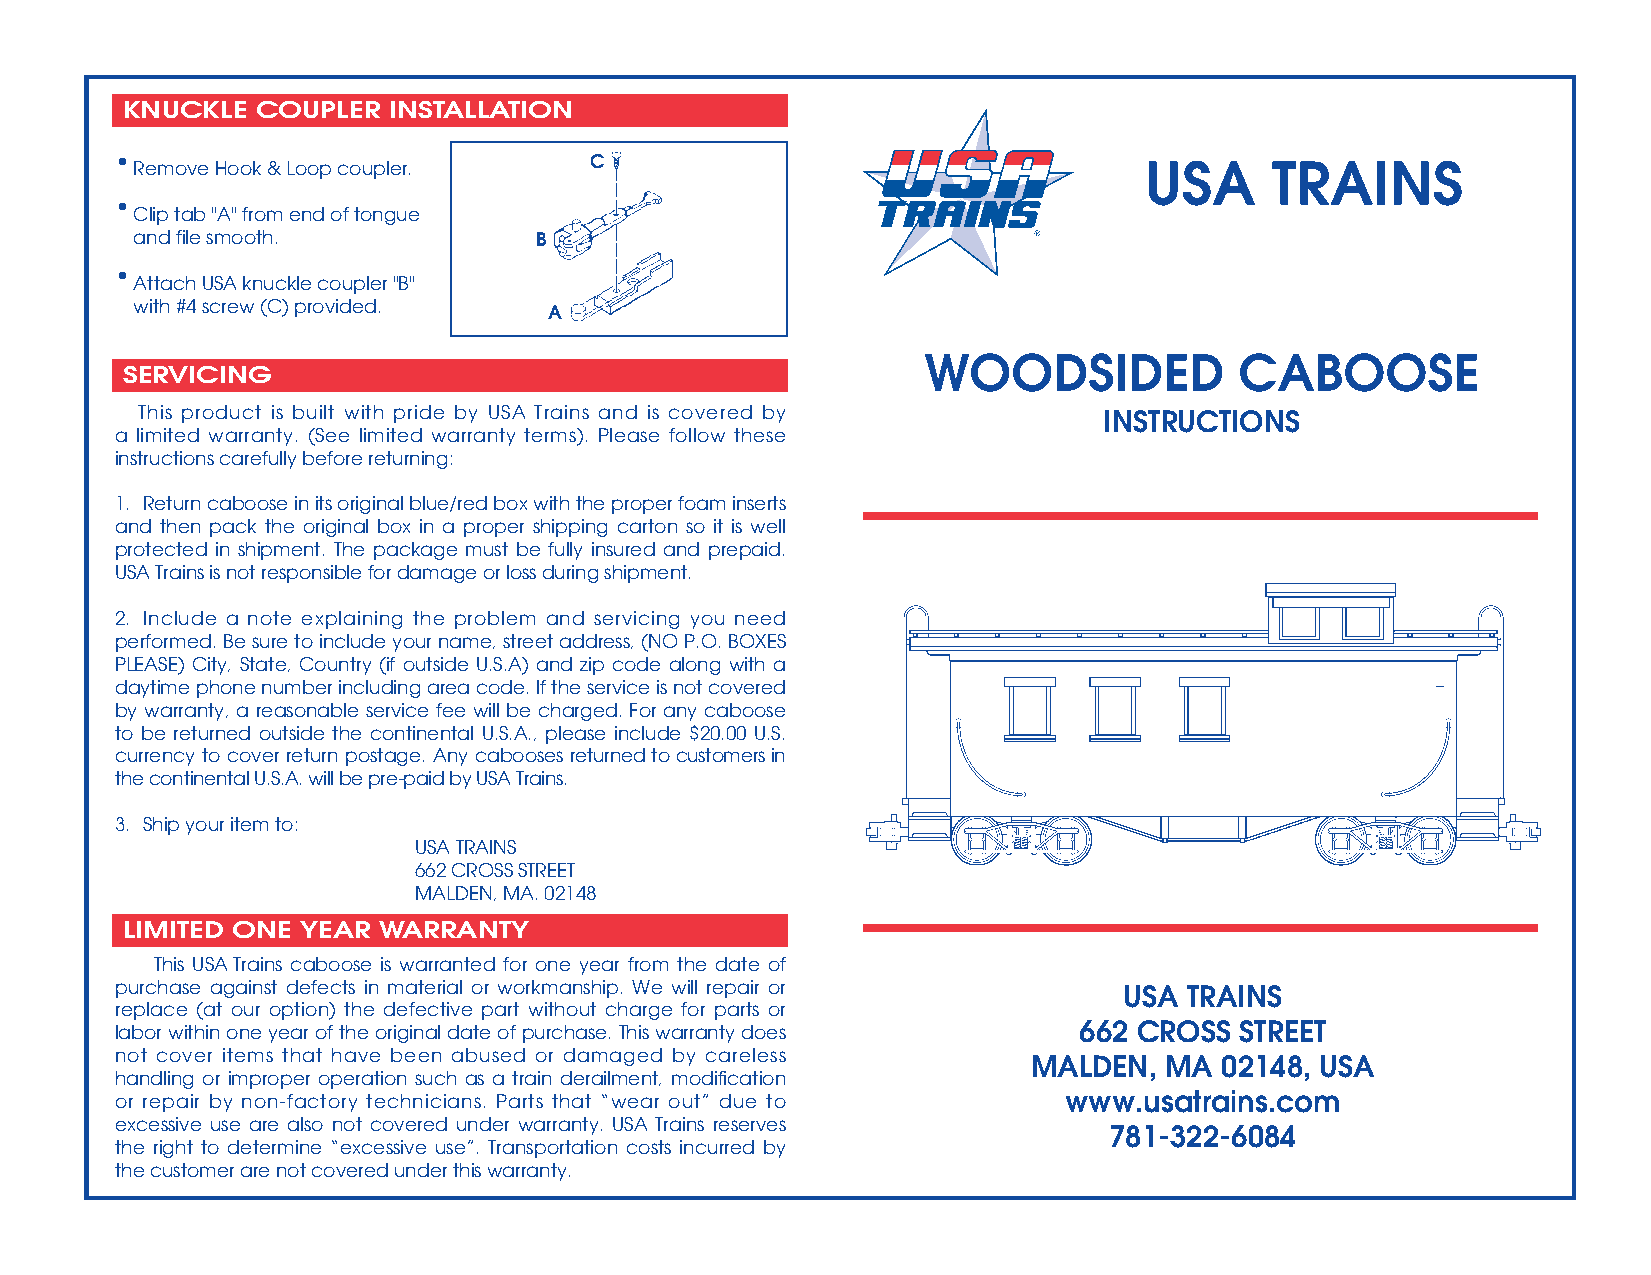
KNUCKLE  COUPLER  INSTALLATION
 •                              C                                    USA     TRAINS
 Remove Hook & Loop coupler.
 •
 Clip tab "A" from end of tongue
 and file smooth.          B
 •
 Attach USA knuckle coupler "B"
 with #4 screw (C) provided. A
 WOODSIDED            CABOOSE
 SERVICING
 This product is built with pride by USA Trains and is covered by INSTRUCTIONS
 a limited warranty. (See limited warranty terms). Please follow these
 instructions carefullybefore returning:
 1. Return caboose in its original blue/red box with the proper foam inserts
 and then pack the original box in a proper shipping carton so it is well
 protected in shipment. The package must be fully insured and prepaid.
 USA Trains is not responsible for damage or loss during shipment.
 2. Include a note explaining the problem and servicing you need
 performed. Be sure to include your name, streetaddress, (NO P.O. BOXES
 PLEASE) City, State, Country (if outside U.S.A) and zip code along with a
 daytime phonenumber including area code. If the service is not covered
 by warranty, a reasonable service fee will be charged. For any caboose
 to be returned outside the continental U.S.A., please include $20.00 U.S.
 currency to cover return postage. Any cabooses returned to customers in
 thecontinental U.S.A. will be pre-paid by USA Trains.
 3. Ship your item to:
 USA TRAINS
 662 CROSS STREET
 MALDEN, MA. 02148
 LIMITED ONE YEAR WARRANTY
 This USA Trains caboose is warranted for one year from the date of
 purchase against defects in material or workmanship. We will repair or USA TRAINS
 replace (at our option) the defective part without charge for parts or
 662 CROSS  STREET
 labor within one year of the original date of purchase. This warranty does
 not cover items that have been abused or damaged by careless MALDEN, MA  02148, USA
 handling or improper operation such as a train derailment, modification
 www.usatrains.com
 or repair by non-factory technicians. Parts that “wear out” due to
 excessive use are also not covered under warranty. USA Trains reserves 781-322-6084
 the right to determine “excessive use”. Transportation costs incurred by
 the customer are notcovered under this warranty.